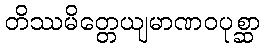
တိဿမိတ္တေယျမာဏဝပုစ္ဆာ